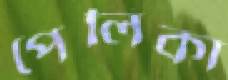
পেলিকা